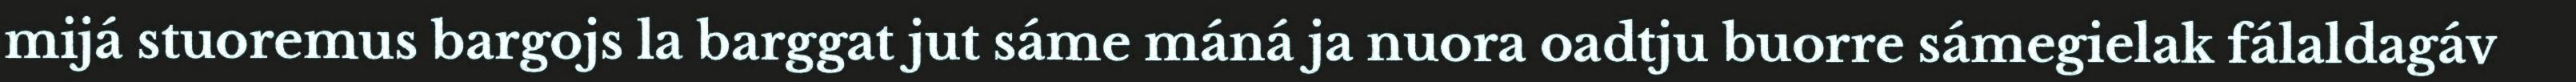
mijá stuoremus bargojs la barggat jut sáme máná ja nuora oadtju buorre sámegielak fálaldagáv